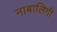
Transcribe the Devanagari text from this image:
नाबालिगी